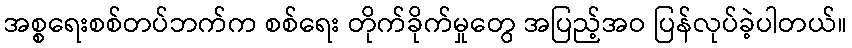
အစ္စရေးစစ်တပ်ဘက်က စစ်ရေး တိုက်ခိုက်မှုတွေ အပြည့်အဝ ပြန်လုပ်ခဲ့ပါတယ်။